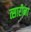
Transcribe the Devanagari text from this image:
त्सारीना